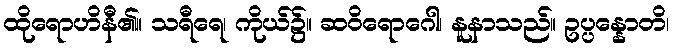
ထိုရောဟိနီ၏။ သရီရေ၊ ကိုယ်၌။ ဆဝိရောဂေါ၊ နူနာသည်။ ဥပ္ပန္နောတိ၊